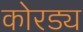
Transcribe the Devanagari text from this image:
कोरड्य